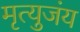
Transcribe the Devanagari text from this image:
मृत्युजंय